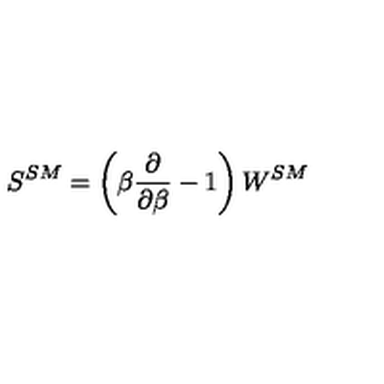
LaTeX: S ^ { S M } = \left( \beta { \frac { \partial } { \partial \beta } } - 1 \right) W ^ { S M }